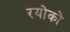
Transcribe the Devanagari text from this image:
रयोको